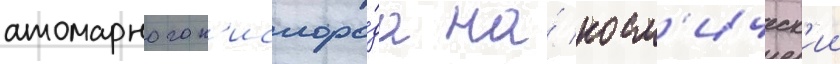
атомарного к'ислоро́да на́ косм'ическ'ии